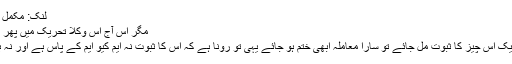
لنک: مکمل آرٹیکل پاک ٹریبون پر
مگر اس آج اس وکلا تحریک میں پھر یہ نعرے لگ گئے ہیں
بس کہیں سے صرف ایک اس چیز کا ثبوت مل جائے تو سارا معاملہ ابھی ختم ہو جائے یہی تو رونا ہے کہ اس کا ثبوت نہ ایم کیو ایم کے پاس ہے اور نہ ہی کسی اور کے پاس؟